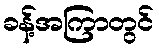
ခန့်အကြာတွင်